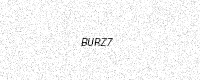
Text: BURZ7